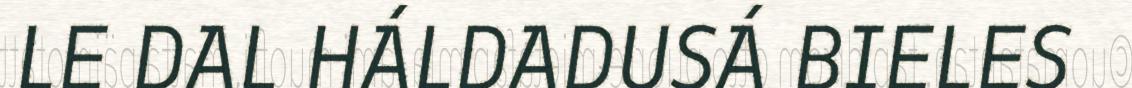
LE DAL HÁLDADUSÁ BIELES